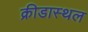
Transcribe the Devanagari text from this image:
क्रीडास्थल